Plague in India, 1896, 1897 - Volume 2
Year: 1896
Disease focus: Plague
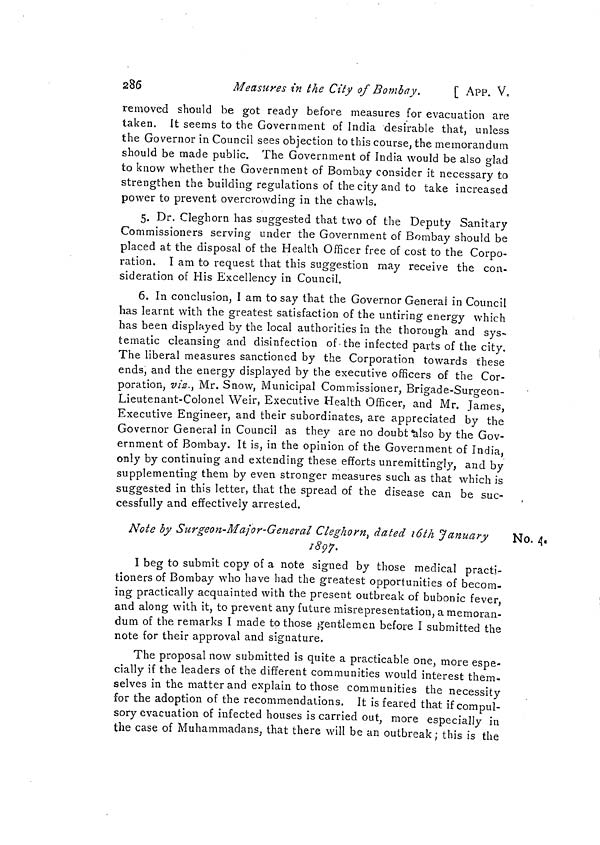
â86
Measures in the City of Bombay.
[ APP. V«
removed should be got ready before measures for evacuation are
taken. It seems to the Government of India desirable that, unless
the Governor in Council sees objection to this course, the memorandum
should be made public. The Government of India would be also glad
to know whether the Government of Bombay consider it necessary to
strengthen the building regulations of the city and to take increased
power to prevent overcrowding in the chawls.
5. Dr. Cleghorn has suggested that two of the Deputy Sanitary
Commissioners serving under the Government of Bombay should be
placed at the disposal of the Health Officer free of cost to the Corpo-
ration. I am to request that this suggestion may receive the con-
sideration of His Excellency in Council.
6. In conclusion, I am to say that the Governor Gênerai in Council
has learnt with the greatest satisfaction of the untiring energy which
has been displayed by the local authorities in the thorough and sys-
tematic cleansing and disinfection of • the infected parts of the city.
The liberal measures sanctioned by the Corporation towards these
ends, and the energy displayed by the executive officers of the Cor-
poration, viz., Mr. Snow, Municipal Commissioner, Brigade-Surgeon-
Lieutenant-Colonel Weir, Executive Health Officer, and Mr. James,
Executive Engineer, and their subordinates, are appreciated by the
Governor General in Council as they are no doubt "also by the Gov-
ernment of Bombay. It is, in the opinion of the Government of India,
only by continuing and extending these efforts unremittingly, and by
supplementing them by even stronger measures such as that which is
suggested in this letter, that the spread of the disease can be suc-
cessfully and effectively arrested.
No. 4.
Note by Surgeon-Mafor-General Cleghorn^ dated loth January
189-7.
I beg to submit copy of a note signed by those medical practi-
tioners of Bombay who have had the greatest opportunities of becom-
ing practically acquainted with the present outbreak of bubonic fever,
and along with it, to prevent any future misrepresentation, a memoran-
dum of the remarks I made to those gentlemen before I submitted the
note for their approval and signature.
The proposal now submitted is quite a practicable one, more espe-
cially if the leaders of the different communities would interest them-
selves in the matter and explain to those communities the necessity
for the adoption of the recommendalions. It is feared that if compul-
sory evacuation of infected houses is carried out, more especially in
the case of Muhammadans, that there will be an outbreak ; this is the